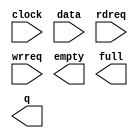
module dcfifo2 (
	clock,
	data,
	rdreq,
	wrreq,
	empty,
	full,
	q);

	input	  clock;
	input	[7:0]  data;
	input	  rdreq;
	input	  wrreq;
	output	  empty;
	output	  full;
	output	[7:0]  q;

endmodule